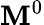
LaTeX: \mathbf{M}^{0}